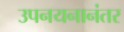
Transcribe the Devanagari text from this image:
उपनयनानंतर